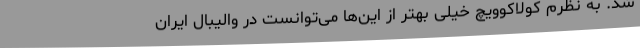
شد. به نظرم کولاکوویچ خیلی بهتر از این‌ها می‌توانست در والیبال ایران